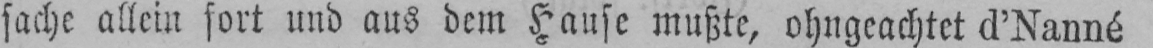
sache allein fort und aus dem Hause mußte, ohngeachtet d’Nanné